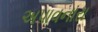
અપાવનારા